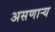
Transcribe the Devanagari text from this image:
असणाऱ्य